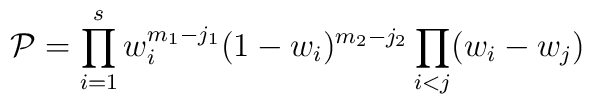
{\cal P} = \prod_{i=1}^s w_i^{m_1-j_1} (1-w_i)^{m_2-j_2}\prod_{i<j}(w_i-w_j)